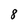
Character: 8